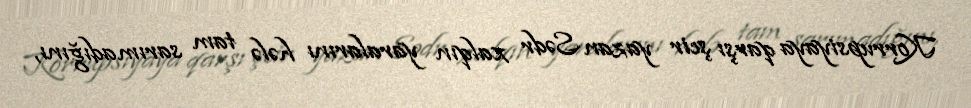
Korrupsiyaya qarşı şeir yazan Sədr xalqın yaralarını hələ tam sarımadığını,